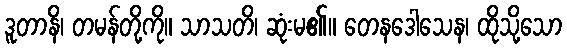
ဒူတာနိ၊ တမန်တို့ကို။ သာသတိ၊ ဆုံးမ၏။ တေနဒေါသေန၊ ထိုသို့သော